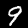
Digit: 9